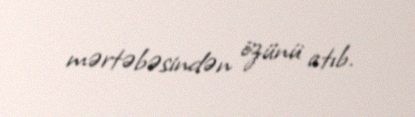
mərtəbəsindən özünü atıb.